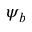
\psi _ { b }